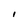
Character: I